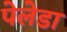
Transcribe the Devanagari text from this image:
पेलेडा